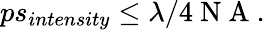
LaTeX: \begin{array}{r}{ps_{intensity}\leq\lambda/4\mathrm{~N~A~}.}\end{array}